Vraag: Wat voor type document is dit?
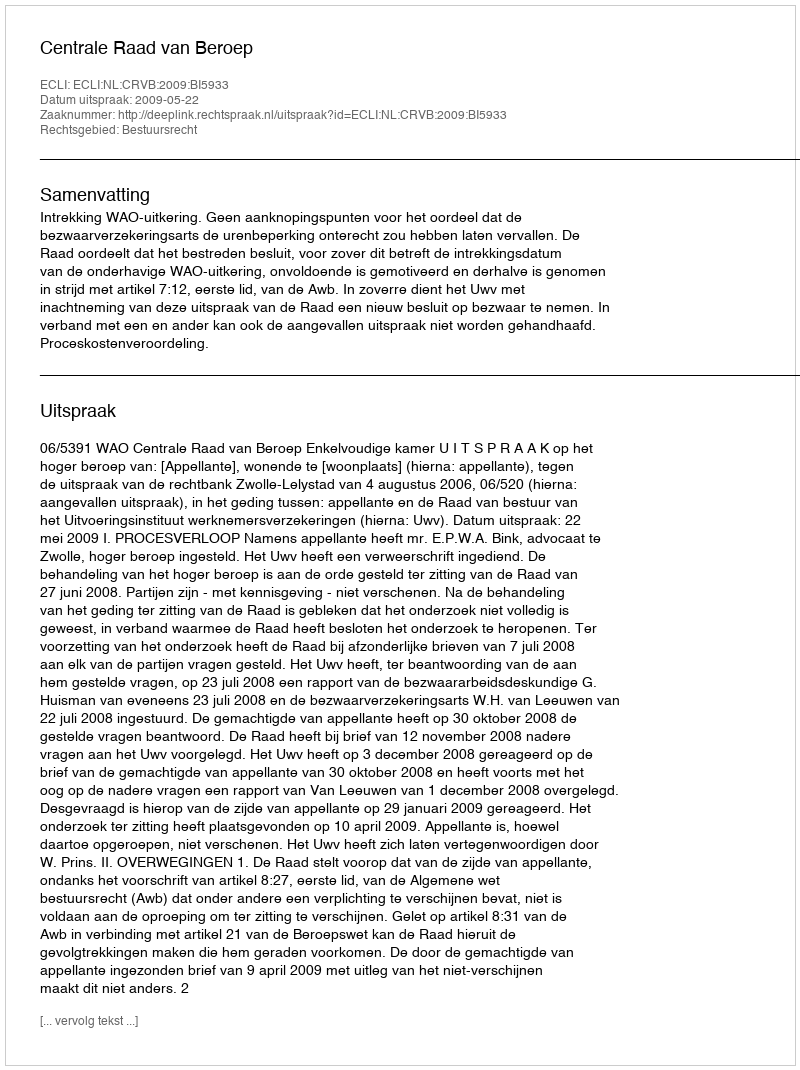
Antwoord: Uitspraak